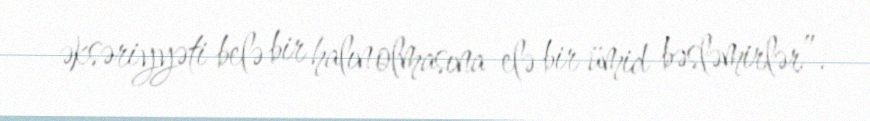
əksəriyyəti belə bir halın olmasına elə bir ümid bəsləmirlər”.